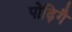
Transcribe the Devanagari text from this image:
पोढ़िगै